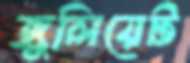
জুলিয়েট